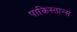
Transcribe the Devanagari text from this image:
पाकिस्तान्स